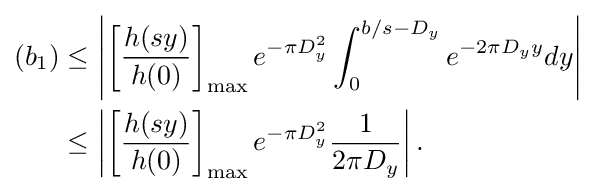
{\begin{aligned}(b_{1})&\leq \left|\left[{\frac {h(sy)}{h(0)}}\right]_{\max }e^{-\pi D_{y}^{2}}\int _{0}^{b/s-D_{y}}e^{-2\pi D_{y}y}dy\right|\\&\leq \left|\left[{\frac {h(sy)}{h(0)}}\right]_{\max }e^{-\pi D_{y}^{2}}{\frac {1}{2\pi D_{y}}}\right|.\end{aligned}}